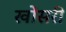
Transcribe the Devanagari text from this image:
खोंसरी